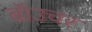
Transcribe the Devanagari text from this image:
बॉउचर